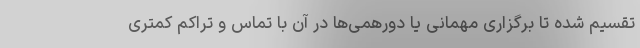
تقسیم شده تا برگزاری مهمانی یا دورهمی‌ها در آن با تماس و تراکم کمتری